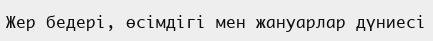
Жер бедері, өсімдігі мен жануарлар дүниесі